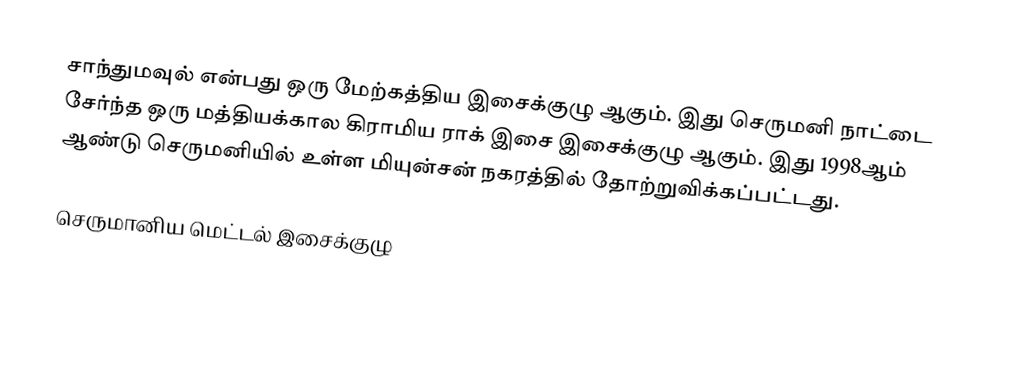
சாந்துமவுல் என்பது ஒரு மேற்கத்திய இசைக்குழு ஆகும். இது செருமனி நாட்டை சேர்ந்த ஒரு மத்தியக்கால கிராமிய ராக் இசை இசைக்குழு ஆகும். இது 1998ஆம் ஆண்டு செருமனியில் உள்ள மியுன்சன் நகரத்தில் தோற்றுவிக்கப்பட்டது.

செருமானிய மெட்டல் இசைக்குழு